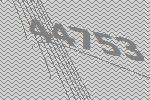
44753